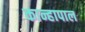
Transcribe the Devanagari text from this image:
कान्हापाल